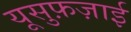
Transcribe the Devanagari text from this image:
यूसुफ़ज़ाई